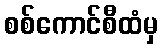
စစ်ကောင်စီထံမှ